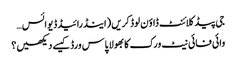
جی پیڈ کلائنٹ ڈاؤن لوڈ کریں (اینڈرائیڈ ڈیوائس…
وائی فائی نیٹ ورک کا بھولا پاس ورڈ کیسے دیکھیں؟